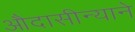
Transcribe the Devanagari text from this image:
औदासीन्याने